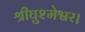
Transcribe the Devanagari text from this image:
श्रीघुश्मेश्वर।